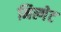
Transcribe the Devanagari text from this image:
मिल्गेट